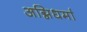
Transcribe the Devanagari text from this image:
अग्निधर्मा